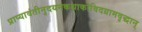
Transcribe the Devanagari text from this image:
प्राप्यावंतीनुदयनकथाकोविदग्रामवृद्धान्